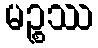
မဉ္စဿ